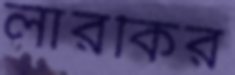
লারকির